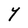
Character: Y